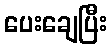
ပေးချေပြီး